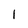
Character: I